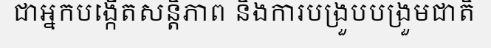
ជាអ្នកបង្កើតសន្តិភាព និងការបង្រួបបង្រួមជាតិ